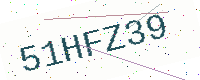
Text: 51HFZ39